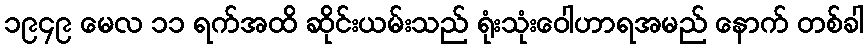
၁၉၄၉ မေလ ၁၁ ရက်အထိ ဆိုင်းယမ်းသည် ရုံးသုံးဝေါဟာရအမည် နောက် တစ်ခါ